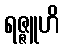
ရဇ္ဇူဟိ